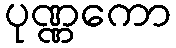
ပုဏ္ဏကော